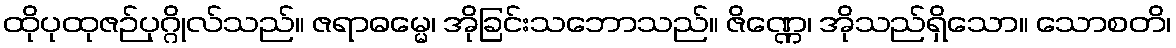
ထိုပုထုဇဉ်ပုဂ္ဂိုလ်သည်။ ဇရာဓမ္မေ၊ အိုခြင်းသဘောသည်။ ဇိဏ္ဏေ၊ အိုသည်ရှိသော။ သောစတိ၊